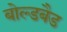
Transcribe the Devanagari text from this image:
बोल्डबैड